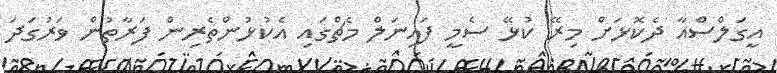
އީގަލްސްއާ ދެކޮޅަށް މިރޭ ކުޅޭ ސެމީ ފައިނަލް މެޗްގައި އެކުޅުންތެރިން ފަރާތުން ވަރުގަދަ